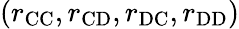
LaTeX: (r_{\mathrm{CC}},r_{\mathrm{CD}},r_{\mathrm{DC}},r_{\mathrm{DD}})